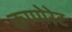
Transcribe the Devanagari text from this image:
कापोरेट